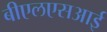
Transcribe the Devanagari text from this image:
बीएलएसआई